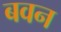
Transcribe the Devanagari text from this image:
बवन